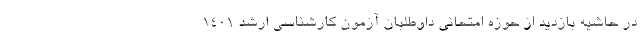
در حاشیه بازدید از حوزه امتحانی داوطلبان آزمون کارشناسی ارشد ۱۴۰۱